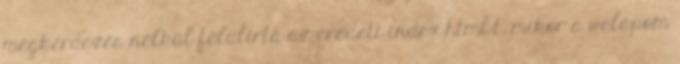
megkérdezés nélkül felülírta az eredeti index.html-t, mikor a welapom